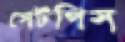
সেটপিস